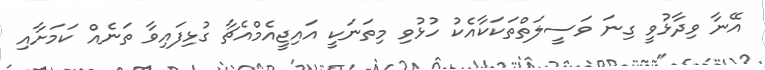
އޭނާ ވިދާޅުވީ ގިނަ ވަސީލަތްތަކަކާއެކު ހުޅުވި މިތަނަކީ އައިޖީއެމްއެޗާ ގުޅިފައިވާ ތަނެއް ކަމަށާއި